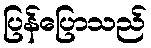
ပြန်ပြောသည်